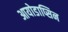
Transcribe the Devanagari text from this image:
आयोडाप्सिन